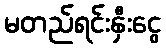
မတည်ရင်းနှီးငွေ